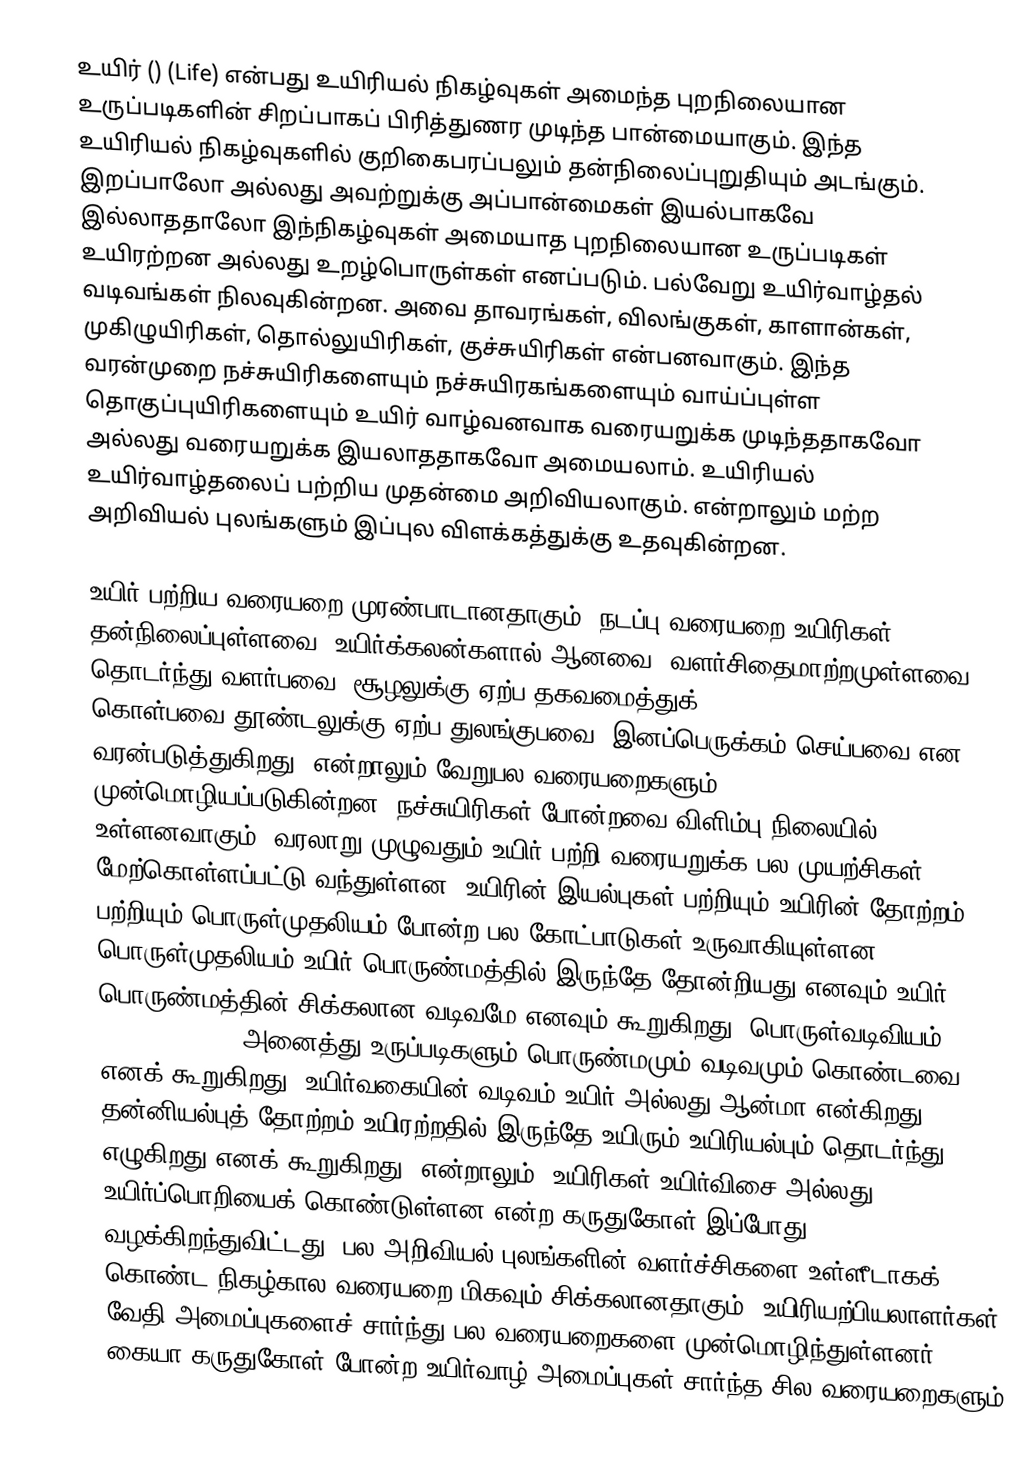
உயிர் () (Life) என்பது உயிரியல் நிகழ்வுகள் அமைந்த புறநிலையான உருப்படிகளின் சிறப்பாகப் பிரித்துணர முடிந்த பான்மையாகும். இந்த உயிரியல் நிகழ்வுகளில் குறிகைபரப்பலும் தன்நிலைப்புறுதியும் அடங்கும். இறப்பாலோ அல்லது அவற்றுக்கு அப்பான்மைகள் இயல்பாகவே இல்லாததாலோ இந்நிகழ்வுகள் அமையாத புறநிலையான உருப்படிகள் உயிரற்றன அல்லது உறழ்பொருள்கள் எனப்படும். பல்வேறு உயிர்வாழ்தல் வடிவங்கள் நிலவுகின்றன. அவை தாவரங்கள், விலங்குகள், காளான்கள், முகிழுயிரிகள், தொல்லுயிரிகள், குச்சுயிரிகள் என்பனவாகும். இந்த வரன்முறை நச்சுயிரிகளையும் நச்சுயிரகங்களையும் வாய்ப்புள்ள தொகுப்புயிரிகளையும் உயிர் வாழ்வனவாக வரையறுக்க முடிந்ததாகவோ அல்லது வரையறுக்க இயலாததாகவோ அமையலாம். உயிரியல் உயிர்வாழ்தலைப் பற்றிய முதன்மை அறிவியலாகும். என்றாலும் மற்ற அறிவியல் புலங்களும் இப்புல விளக்கத்துக்கு உதவுகின்றன.

உயிர் பற்றிய வரையறை முரண்பாடானதாகும். நடப்பு வரையறை உயிரிகள் தன்நிலைப்புள்ளவை; உயிர்க்கலன்களால் ஆனவை; வளர்சிதைமாற்றமுள்ளவை; தொடர்ந்து வளர்பவை; சூழலுக்கு ஏற்ப தகவமைத்துக் கொள்பவை:தூண்டலுக்கு ஏற்ப துலங்குபவை; இனப்பெருக்கம் செய்பவை என வரன்படுத்துகிறது. என்றாலும் வேறுபல வரையறைகளும் முன்மொழியப்படுகின்றன. நச்சுயிரிகள் போன்றவை விளிம்பு நிலையில் உள்ளனவாகும். வரலாறு முழுவதும் உயிர் பற்றி வரையறுக்க பல முயற்சிகள் மேற்கொள்ளப்பட்டு வந்துள்ளன. உயிரின் இயல்புகள் பற்றியும் உயிரின் தோற்றம் பற்றியும் பொருள்முதலியம் போன்ற பல கோட்பாடுகள் உருவாகியுள்ளன. பொருள்முதலியம் உயிர் பொருண்மத்தில் இருந்தே தோன்றியது எனவும் உயிர் பொருண்மத்தின் சிக்கலான வடிவமே எனவும் கூறுகிறது; பொருள்வடிவியம் (hylomorphism) அனைத்து உருப்படிகளும் பொருண்மமும் வடிவமும் கொண்டவை எனக் கூறுகிறது. உயிர்வகையின் வடிவம் உயிர் அல்லது ஆன்மா என்கிறது; தன்னியல்புத் தோற்றம் உயிரற்றதில் இருந்தே உயிரும் உயிரியல்பும் தொடர்ந்து எழுகிறது எனக் கூறுகிறது. என்றாலும், உயிரிகள் உயிர்விசை அல்லது உயிர்ப்பொறியைக் கொண்டுள்ளன என்ற கருதுகோள் இப்போது வழக்கிறந்துவிட்டது. பல அறிவியல் புலங்களின் வளர்ச்சிகளை உள்ளீடாகக் கொண்ட நிகழ்கால வரையறை மிகவும் சிக்கலானதாகும். உயிரியற்பியலாளர்கள் வேதி அமைப்புகளைச் சார்ந்து பல வரையறைகளை முன்மொழிந்துள்ளனர்; கையா கருதுகோள் போன்ற உயிர்வாழ் அமைப்புகள் சார்ந்த சில வரையறைகளும்